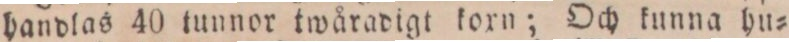
handlas 40 tunnor twåradigt koxn; Och kunna hu=